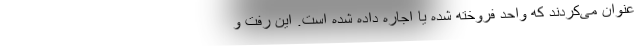
عنوان می‌کردند که واحد فروخته شده یا اجاره داده شده است. این رفت و